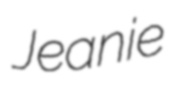
Jeanie